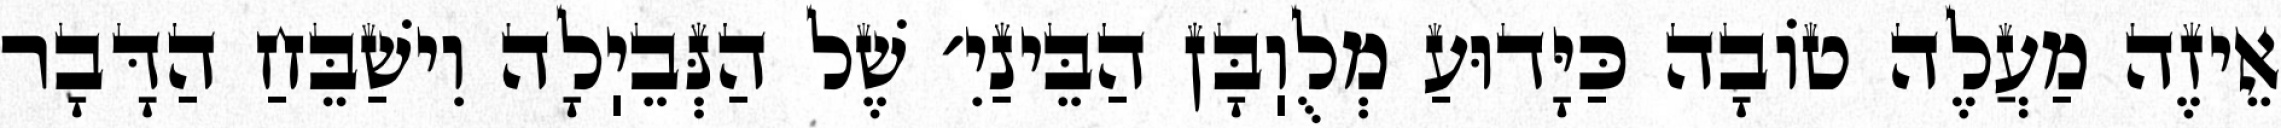
אֵיזֶה מַעֲלֶה טוֹבָה כַּיָּדוּעַ מְלֻוֽבָּן הַבֵּינַיִ׳ שֶׁל הַנְּבֵיֽלָה וִישַׁבֵּחַ הַדָּבָר